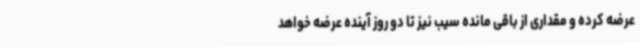
عرضه کرده و مقداری از باقی مانده سیب نیز تا دو روز آینده عرضه خواهد